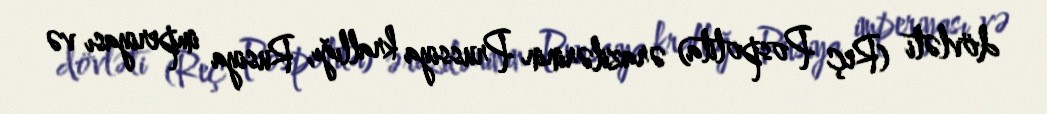
dövləti (Reç Pospolita) ərazilərinin Prussiya krallığı, Rusiya imperiyası və